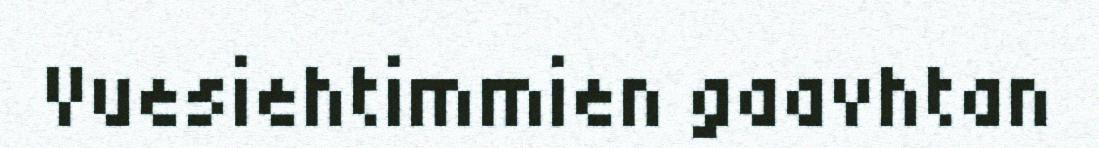
Vuesiehtimmien gaavhtan